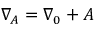
\nabla _ { A } = \nabla _ { 0 } + A